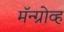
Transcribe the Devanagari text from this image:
मॅन्ग्रोव्ह